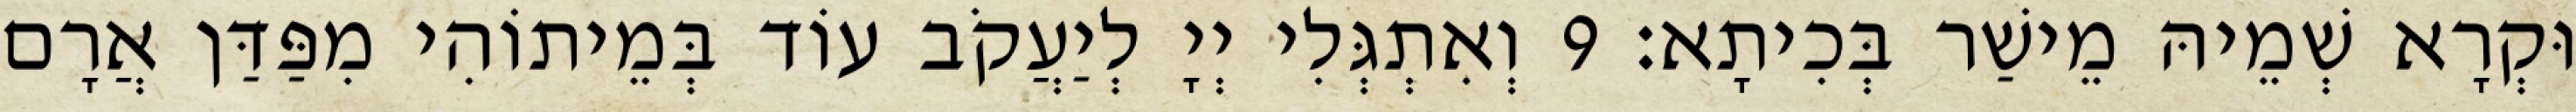
וּקְרָא שְׁמֵיהּ מֵישַׁר בְּכִיתָא׃ 9 וְאִתְגְּלִי יְיָ לְיַעֲקֹב עוֹד בְּמֵיתוֹהִי מִפַּדַּן אֲרָם